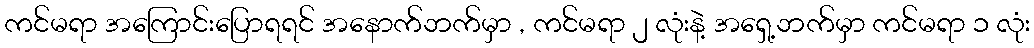
ကင်မရာ အကြောင်းပြောရရင် အနောက်ဘက်မှာ , ကင်မရာ ၂ လုံးနဲ့ အရှေ့ဘက်မှာ ကင်မရာ ၁ လုံး